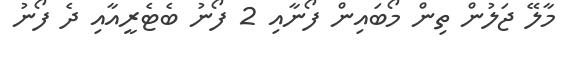
މާލޭ ޖަލުން ތިން މޯބައިން ފޯނާއި 2 ފޯނު ބެޓެރީއާއި ދެ ފޯނު